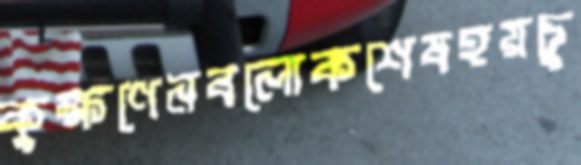
কুক্ষণেনবলোকশেষহয়চু